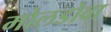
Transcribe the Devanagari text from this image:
मोलडोवा